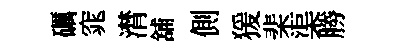
礪窕潸舖側猨棐渠勝